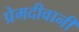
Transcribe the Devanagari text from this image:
प्रेमदीवानी